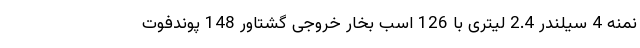
نمنه 4 سیلندر 2.4 لیتری با 126 اسب بخار خروجی گشتاور 148 پوندفوت